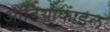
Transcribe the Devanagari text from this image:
ऑडियोफाइल